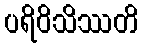
ပရိဝိသိဿတိ